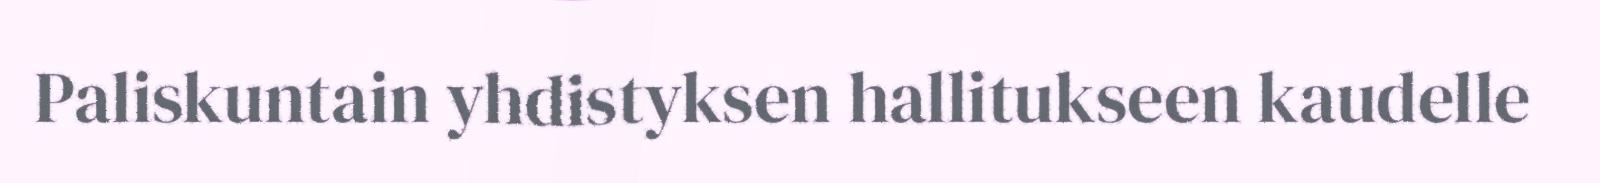
Paliskuntain yhdistyksen hallitukseen kaudelle